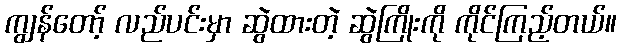
ကျွန်တော့် လည်ပင်းမှာ ဆွဲထားတဲ့ ဆွဲကြိုးကို ကိုင်ကြည့်တယ်။